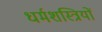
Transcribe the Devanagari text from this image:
धर्मशस्त्रियों